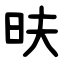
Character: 㫙